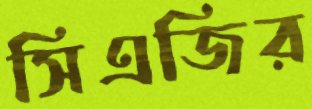
সিএজির